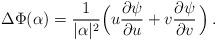
LaTeX: \begin{align*} \Delta \Phi(\alpha)=\frac{1}{|\alpha|^2}\Big(u\frac{\partial \psi} {\partial u}+v\frac{\partial \psi}{\partial v}\,\Big) \,.\end{align*}